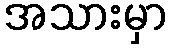
အသားမှာ